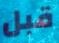
قبل